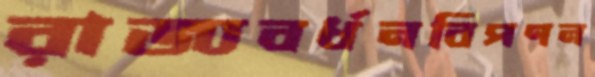
রাজ্যবর্ধনবিপণন